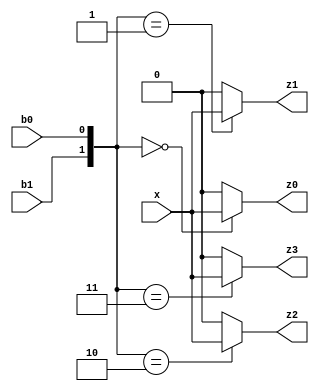
/**
 *          Il demultiplexer_1_to_2^N e' una rete combinatoria dotata di una
 *          variabile di ingresso x detta variabile da commutare, di
 *          N variabile di ingresso b dette variabili di comando, di P = 2^N
 *          variabili di uscita z. Le variabili di ingresso b selezionano la
 *          variabile di uscita z p-esima che assumera' il valore della
 *          variabile x, tutte le altre uscite vengono poste a zero. Le
 *          variabili di comando b rappresentano in base due il numero
 *          naturale p dell'uscita p-esima che "insegue" il valore della
 *          variabile di ingresso x.
 *          
 *          Di seguito l'implementazione di un Demultiplexer 1 to 4.
 *
 *          Created on 22/04/2019.
 */

/**
 * Demultiplexer 1 to 4.
 */
module Demultiplexer_1_to_4(x, b1, b0, z3, z2, z1, z0);
    input x, b1, b0;
    output z3, z2, z1, z0;

    assign z3 = ({b1, b0}=='B11)?x:0;   // 'B11 = 3
    assign z2 = ({b1, b0}=='B10)?x:0;   // 'B10 = 2
    assign z1 = ({b1, b0}=='B01)?x:0;   // 'B01 = 1
    assign z0 = ({b1, b0}=='B00)?x:0;   // 'B00 = 0
endmodule